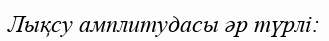
Лықсу амплитудасы әр түрлі: